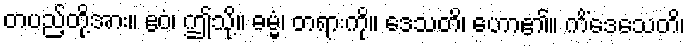
တပည့်တို့အား။ ဧဝံ၊ ဤသို့။ ဓမ္မံ၊ တရားကို။ ဒေသတိ၊ ဟော၏။ ကိံဒေသေတိ၊